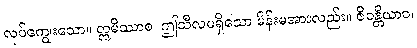
လုပ်ကျွေးသော။ ဣမိဿာစ၊ ဤသီလမရှိသော မိန်းမအားလည်း။ ဇိဝန္တိယာဝ၊